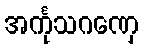
အင်္ကုသဂဏှေ